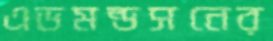
এডমন্ডসনের